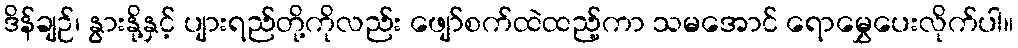
ဒိန်ချဉ်၊ နွားနို့နှင့် ပျားရည်တို့ကိုလည်း ဖျော်စက်ထဲထည့်ကာ သမအောင် ရောမွှေပေးလိုက်ပါ။